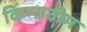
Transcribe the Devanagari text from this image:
किंग्सटीम